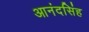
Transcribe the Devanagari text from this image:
आनंदसिंह